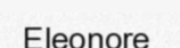
Eleonore